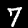
Label: 7